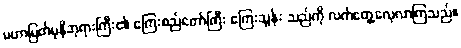
မဟာမြတ်မုနိဘုရားကြီး၏ ကြေးစည်တော်ကြီး ကြေးသွန်း သည်ကို လက်တွေ့လေ့လာကြသည်။